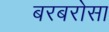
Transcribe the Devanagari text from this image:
बरबरोसा